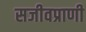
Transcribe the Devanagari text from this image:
सजीवप्राणी